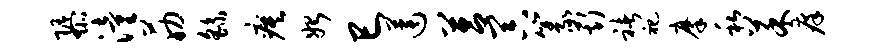
隳潼筋繇瘼始巳莲莒器篆斯褚祀摩私菜痒